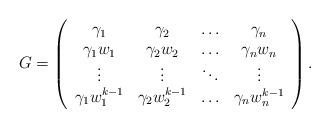
LaTeX: \begin{align*} G=\left( \begin{array}{cccc} \gamma_{1} & \gamma_{2} & \ldots & \gamma_{n}\\ \gamma_{1}w_{1} & \gamma_{2}w_{2} & \ldots & \gamma_{n}w_{n}\\ \vdots & \vdots & \ddots & \vdots \\ \gamma_{1}w_{1}^{k-1} & \gamma_{2}w_{2}^{k-1} & \ldots & \gamma_{n}w_{n}^{k-1} \end{array} \right). \end{align*}